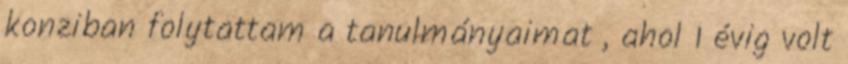
konziban folytattam a tanulmányaimat , ahol 1 évig volt